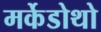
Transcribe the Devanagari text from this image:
मर्केडोथो